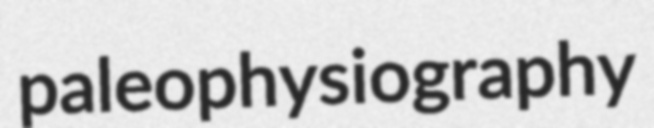
paleophysiography